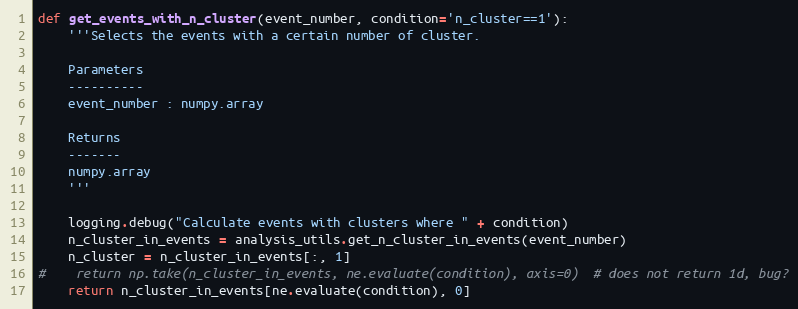
Language: Python
def get_events_with_n_cluster(event_number, condition='n_cluster==1'):
    '''Selects the events with a certain number of cluster.

    Parameters
    ----------
    event_number : numpy.array

    Returns
    -------
    numpy.array
    '''

    logging.debug("Calculate events with clusters where " + condition)
    n_cluster_in_events = analysis_utils.get_n_cluster_in_events(event_number)
    n_cluster = n_cluster_in_events[:, 1]
#    return np.take(n_cluster_in_events, ne.evaluate(condition), axis=0)  # does not return 1d, bug?
    return n_cluster_in_events[ne.evaluate(condition), 0]